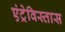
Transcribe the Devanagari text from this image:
एंट्रेविस्तास